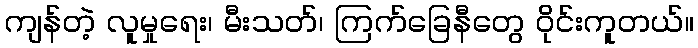
ကျန်တဲ့ လူမှုရေး၊ မီးသတ်၊ ကြက်ခြေနီတွေ ဝိုင်းကူတယ်။